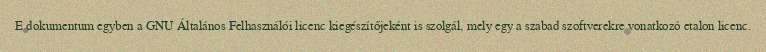
E dokumentum egyben a GNU Általános Felhasználói licenc kiegészítőjeként is szolgál, mely egy a szabad szoftverekre vonatkozó etalon licenc.